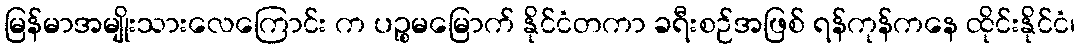
မြန်မာအမျိုးသားလေကြောင်း က ပဉ္စမမြောက် နိုင်ငံတကာ ခရီးစဉ်အဖြစ် ရန်ကုန်ကနေ ထိုင်းနိုင်ငံ၊